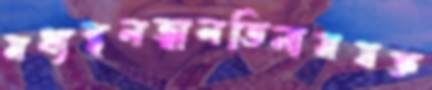
মধ্যস্থলজ্বালতিনামযজ্ঞ